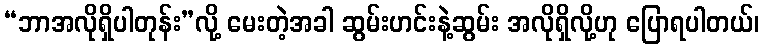
“ဘာအလိုရှိပါတုန်း”လို့ မေးတဲ့အခါ ဆွမ်းဟင်းနဲ့ဆွမ်း အလိုရှိလို့ဟု ပြောရပါတယ်၊